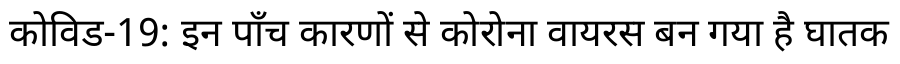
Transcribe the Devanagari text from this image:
कोविड-19: इन पाँच कारणों से कोरोना वायरस बन गया है घातक